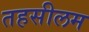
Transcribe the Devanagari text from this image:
तहसीलम